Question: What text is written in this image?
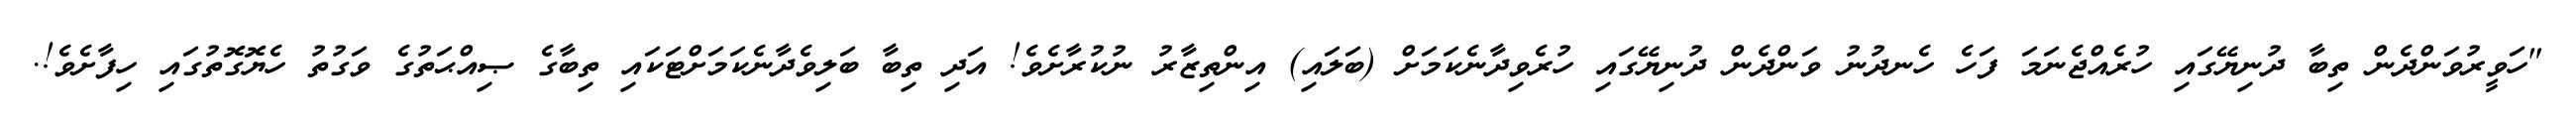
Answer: "ހަވީރުވަންދެން ތިބާ ދުނިޔޭގައި ހުރެއްޖެނަމަ ފަހެ ހެނދުނު ވަންދެން ދުނިޔޭގައި ހުރެވިދާނެކަމަށް (ބަލައި) އިންތިޒާރު ނުކުރާށެވެ! އަދި ތިބާ ބަލިވެދާނެކަމަށްޓަކައި ތިބާގެ ޞިއްޙަތުގެ ވަގުތު ހެޔޮގޮތުގައި ހިފާށެވެ!.